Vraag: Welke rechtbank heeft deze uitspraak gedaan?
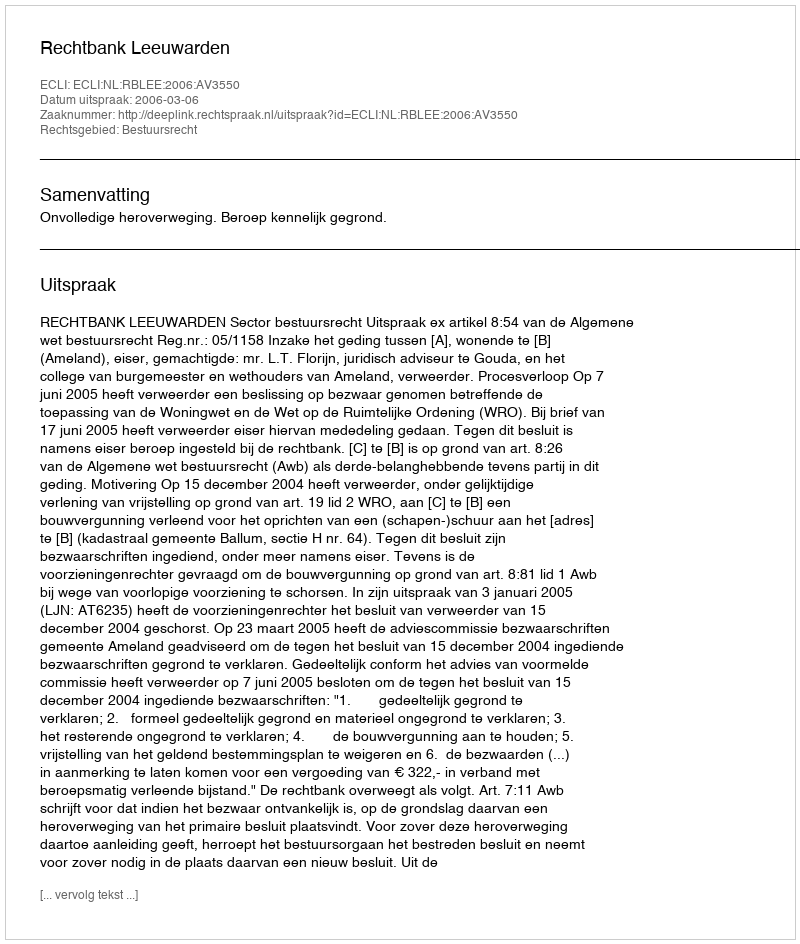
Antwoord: Rechtbank Leeuwarden